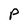
Character: P